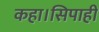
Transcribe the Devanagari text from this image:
कहा।सिपाही